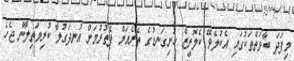
މިފަދަ ބާވަތްތަކުގައި އެކުލެވޭ ކެލޮރީޒް ހަށިގަނޑުގެ ތެރެއަށް ފެތުރުމަށް އުނދަގުލާ ކުރިމަތިލާން ޖެހެ